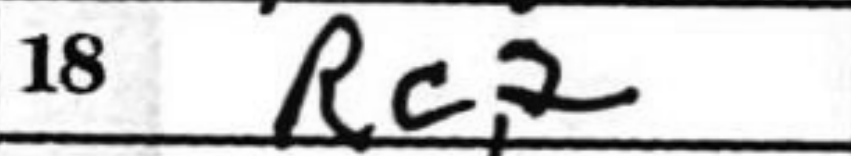
Transcription: Rc2